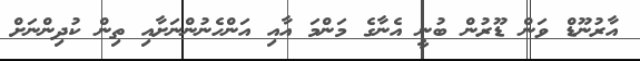
އާރުނޫޑް ވަން ޑޫރުން ބުނީ އެނާގެ މަންމަ އާއި އަންހެނުންނަށާއި ތިން ކުދިންނަށް